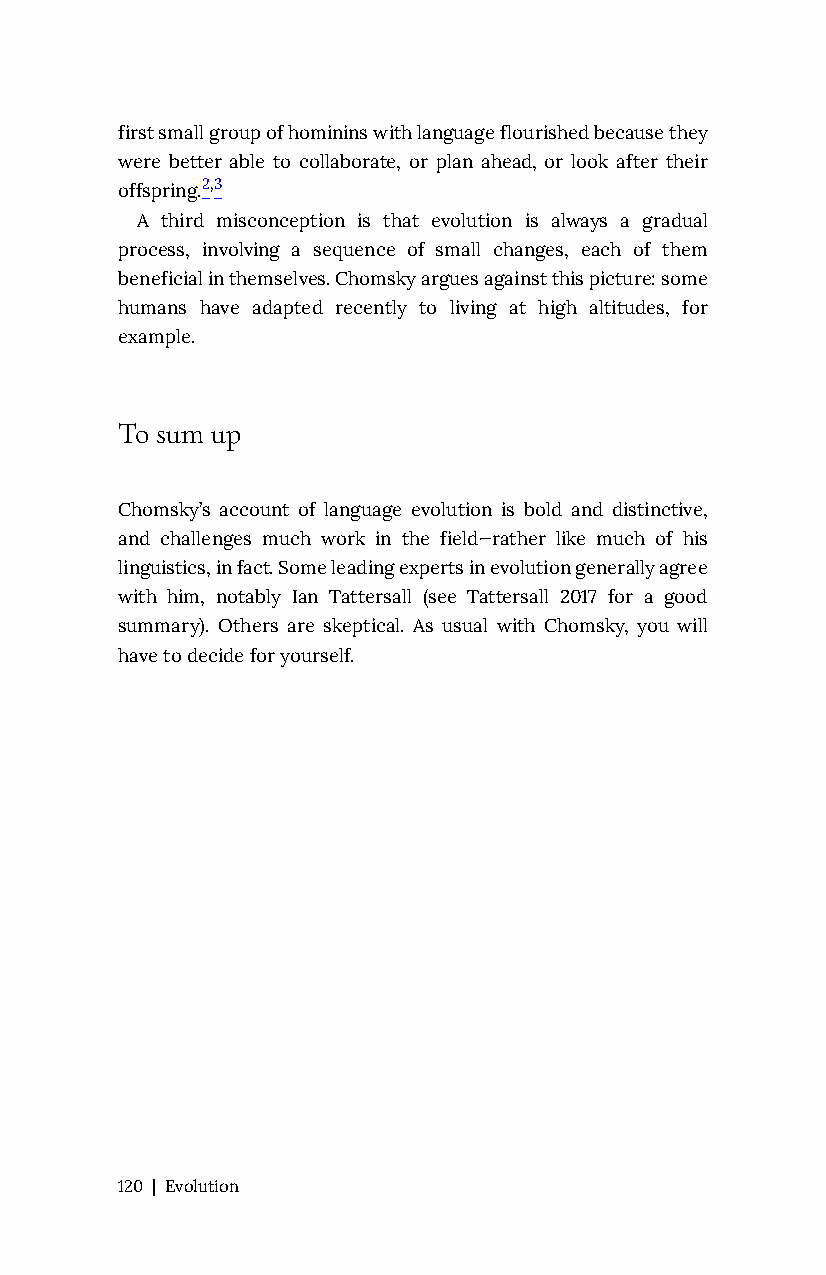
first small group of hominins with language flourished because they
 were better able to collaborate, or plan ahead, or look after their
 offspring.2,3
 A third misconception is that evolution is always a gradual
 process, involving a sequence of small changes, each of them
 beneficial in themselves. Chomsky argues against this picture: some
 humans have adapted recently to living at high altitudes, for
 example.
 To sum up
 Chomsky’s account of language evolution is bold and distinctive,
 and challenges much work in the field—rather like much of his
 linguistics, in fact. Some leading experts in evolution generally agree
 with him, notably Ian Tattersall (see Tattersall 2017 for a good
 summary). Others are skeptical. As usual with Chomsky, you will
 have to decide for yourself.
 120 | Evolution